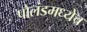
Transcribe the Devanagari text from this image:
पोलंडमध्येच